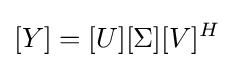
[Y]=[U][\Sigma ][V]^{H}